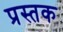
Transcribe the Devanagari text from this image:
प्रस्तक